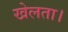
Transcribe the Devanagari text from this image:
खेलता।